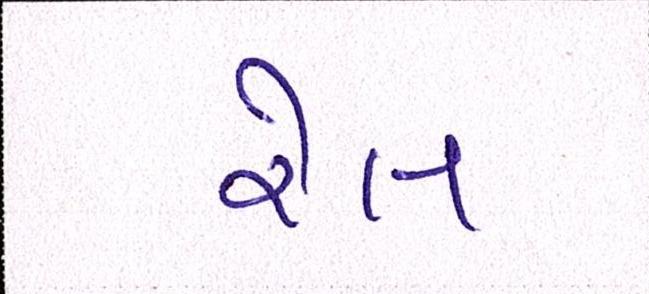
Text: રેલ